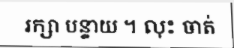
រក្សា បន្ទាយ ។ លុះ ចាត់